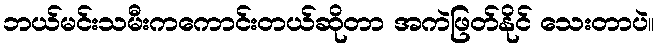
ဘယ်မင်းသမီးကကောင်းတယ်ဆိုတာ အကဲဖြတ်နိုင် သေးတာပဲ။